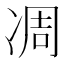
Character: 凋